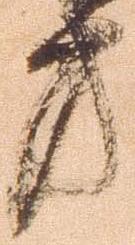
方